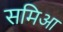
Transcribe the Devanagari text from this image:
समिआ